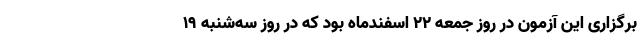
برگزاری این آزمون در روز جمعه ۲۲ اسفندماه بود که در روز سه‌شنبه ۱۹